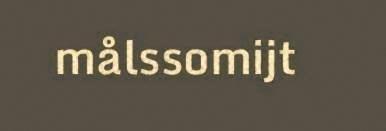
målssomijt